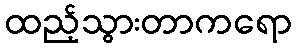
ထည့်သွားတာကရော